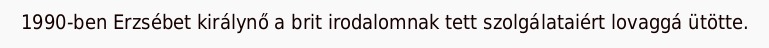
1990-ben Erzsébet királynő a brit irodalomnak tett szolgálataiért lovaggá ütötte.